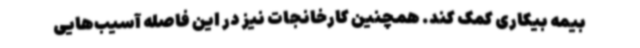
بیمه بیکاری کمک کند. همچنین کارخانجات نیز در این فاصله آسیب‌هایی